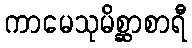
ကာမေသုမိစ္ဆာစာရီ